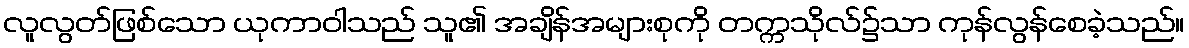
လူလွတ်ဖြစ်သော ယုကာဝါသည် သူ၏ အချိန်အများစုကို တက္ကသိုလ်၌သာ ကုန်လွန်စေခဲ့သည်။